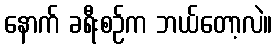
နောက် ခရီးစဉ်က ဘယ်တော့လဲ။